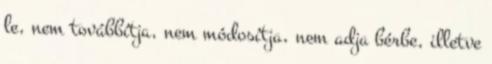
le, nem továbbítja, nem módosítja, nem adja bérbe, illetve